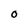
Character: 0